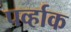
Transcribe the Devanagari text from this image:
पर्व्हाक